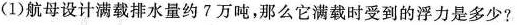
(1)航母设计满载排水量约7万吨，那么它满载时受到的浮力是多少?